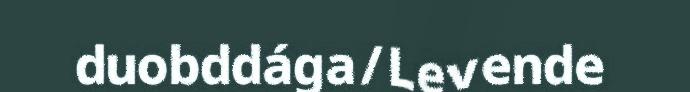
duobddága/Levende